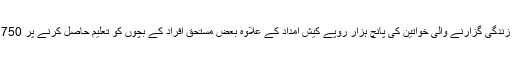
اس پروگرام کے تحت خط غربت کے نیچے زندگی گزارنے والی خواتین کی پانچ ہزار روپے کیش امداد کے علاوہ بعض مستحق افراد کے بچوں کو تعلیم حاصل کرنے پر 750 روپے کیش معاوضہ بھی فراہم کیا جاتا ہے۔